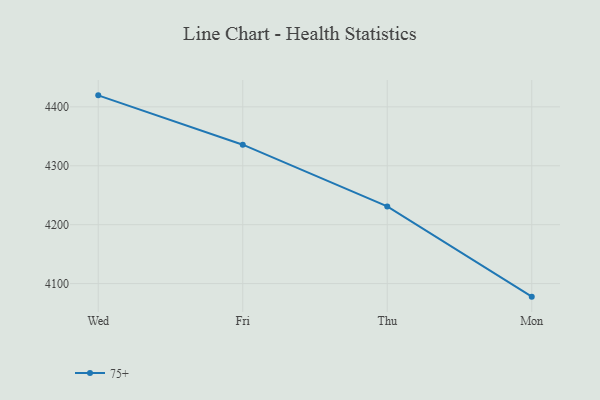
{"axis": {"x": "Day", "y": "Website Visitors"}, "legend": ["75+"], "data": [{"x": "Wed", "y": 4419.6, "type": "75+"}, {"x": "Fri", "y": 4335.8, "type": "75+"}, {"x": "Thu", "y": 4231.0, "type": "75+"}, {"x": "Mon", "y": 4077.8, "type": "75+"}]}